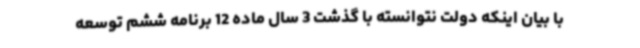
با بیان اینکه دولت نتوانسته با گذشت 3 سال ماده 12 برنامه ششم توسعه